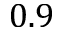
0 . 9